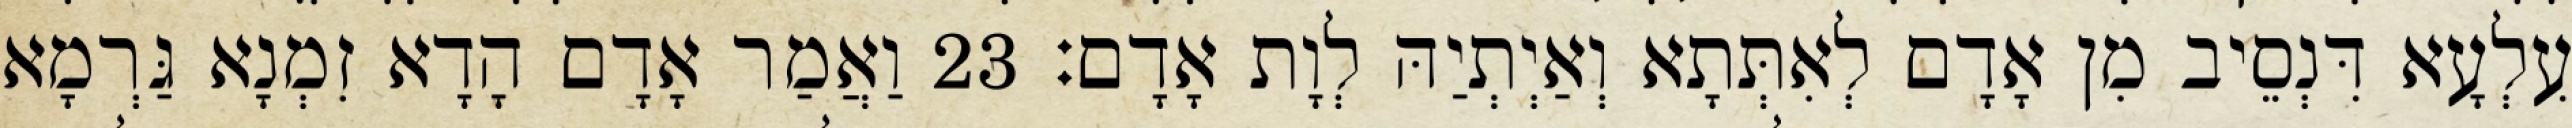
עִלְעָא דִּנְסֵיב מִן אָדָם לְאִתְּתָא וְאַיְתְיַהּ לְוָת אָדָם׃ 23 וַאֲמַר אָדָם הָדָא זִמְנָא גַּרְמָא